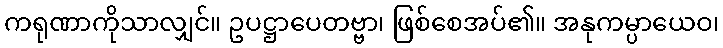
ကရုဏာကိုသာလျှင်။ ဥပဋ္ဌာပေတဗ္ဗာ၊ ဖြစ်စေအပ်၏။ အနုကမ္ပာယေဝ၊